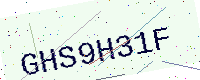
Text: GHS9H31F